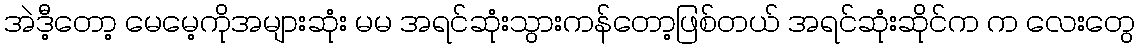
အဲဒီ့တော့ မေမေ့ကိုအများဆုံး မမ အရင်ဆုံးသွားကန်တော့ဖြစ်တယ် အရင်ဆုံးဆိုင်က က လေးတွေ